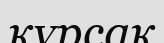
кұрсак